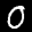
Label: 0